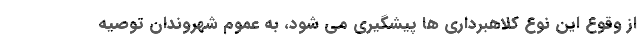
از وقوع این نوع کلاهبرداری ها پیشگیری می شود، به عموم شهروندان توصیه